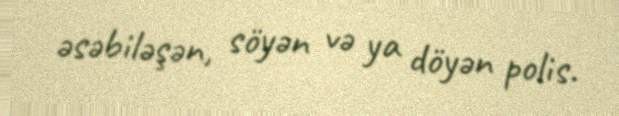
əsəbiləşən, söyən və ya döyən polis.